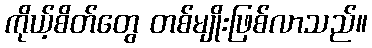
ကိုယ့်စိတ်တွေ တစ်မျိုးဖြစ်လာသည်။